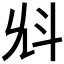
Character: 𣁭